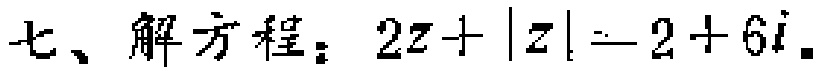
七、解方程：\(2z + |z| = 2 + 6i\)。